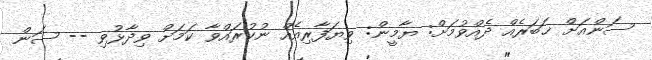
ސަންއަށް ޚަބަރެއް ދެއްވުމަށް: ޔާމީން: ވިޔަފާރިއެއް ނުކުރައްވާ ކަމަށް ވިދާޅުވި -- ސަން